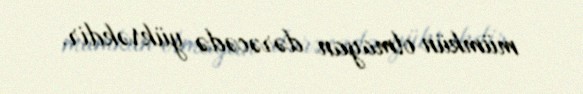
mümkün olmayan dərəcədə yüksəkdir.